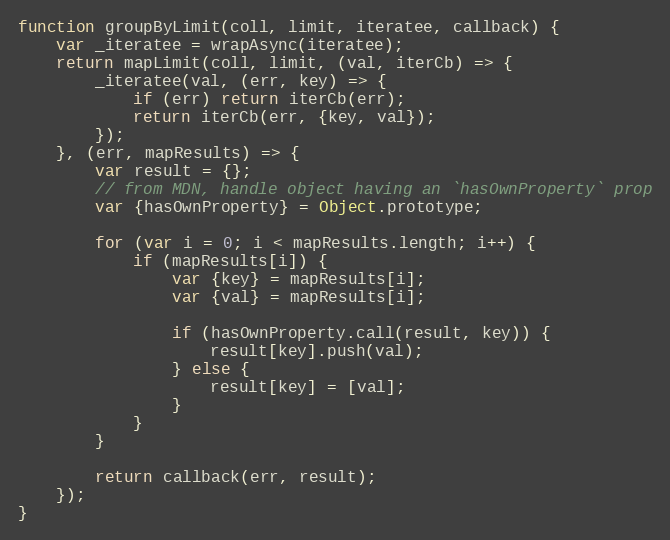
Language: JavaScript
function groupByLimit(coll, limit, iteratee, callback) {
    var _iteratee = wrapAsync(iteratee);
    return mapLimit(coll, limit, (val, iterCb) => {
        _iteratee(val, (err, key) => {
            if (err) return iterCb(err);
            return iterCb(err, {key, val});
        });
    }, (err, mapResults) => {
        var result = {};
        // from MDN, handle object having an `hasOwnProperty` prop
        var {hasOwnProperty} = Object.prototype;

        for (var i = 0; i < mapResults.length; i++) {
            if (mapResults[i]) {
                var {key} = mapResults[i];
                var {val} = mapResults[i];

                if (hasOwnProperty.call(result, key)) {
                    result[key].push(val);
                } else {
                    result[key] = [val];
                }
            }
        }

        return callback(err, result);
    });
}